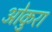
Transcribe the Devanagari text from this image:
ओकुरा